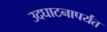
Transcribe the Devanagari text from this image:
उदघाटनापर्यंत